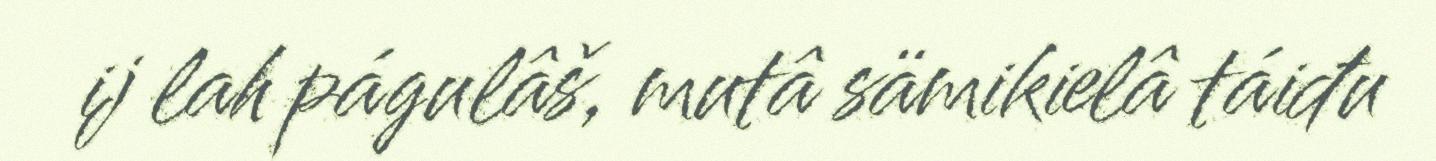
ij lah págulâš, mutâ sämikielâ táiđu